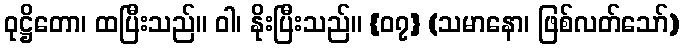
ဝုဋ္ဌိတော၊ ထပြီးသည်။ ဝါ၊ နိုးပြီးသည်။ {၀၇} (သမာနော၊ ဖြစ်လတ်သော်)